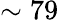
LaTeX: \sim 79